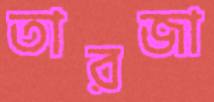
তারজা